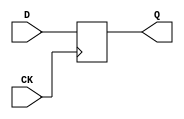
module DFF (Q, D, CK);
input   D, CK;
output  Q;
reg     Q;

// Basic Verilog statement for a Flip Flop
always @(posedge CK) Q <= D;
endmodule